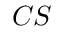
C S